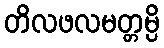
တိလဖလမတ္တမ္ပိ